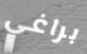
براغي